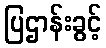
ပြဌာန်းခွင့်